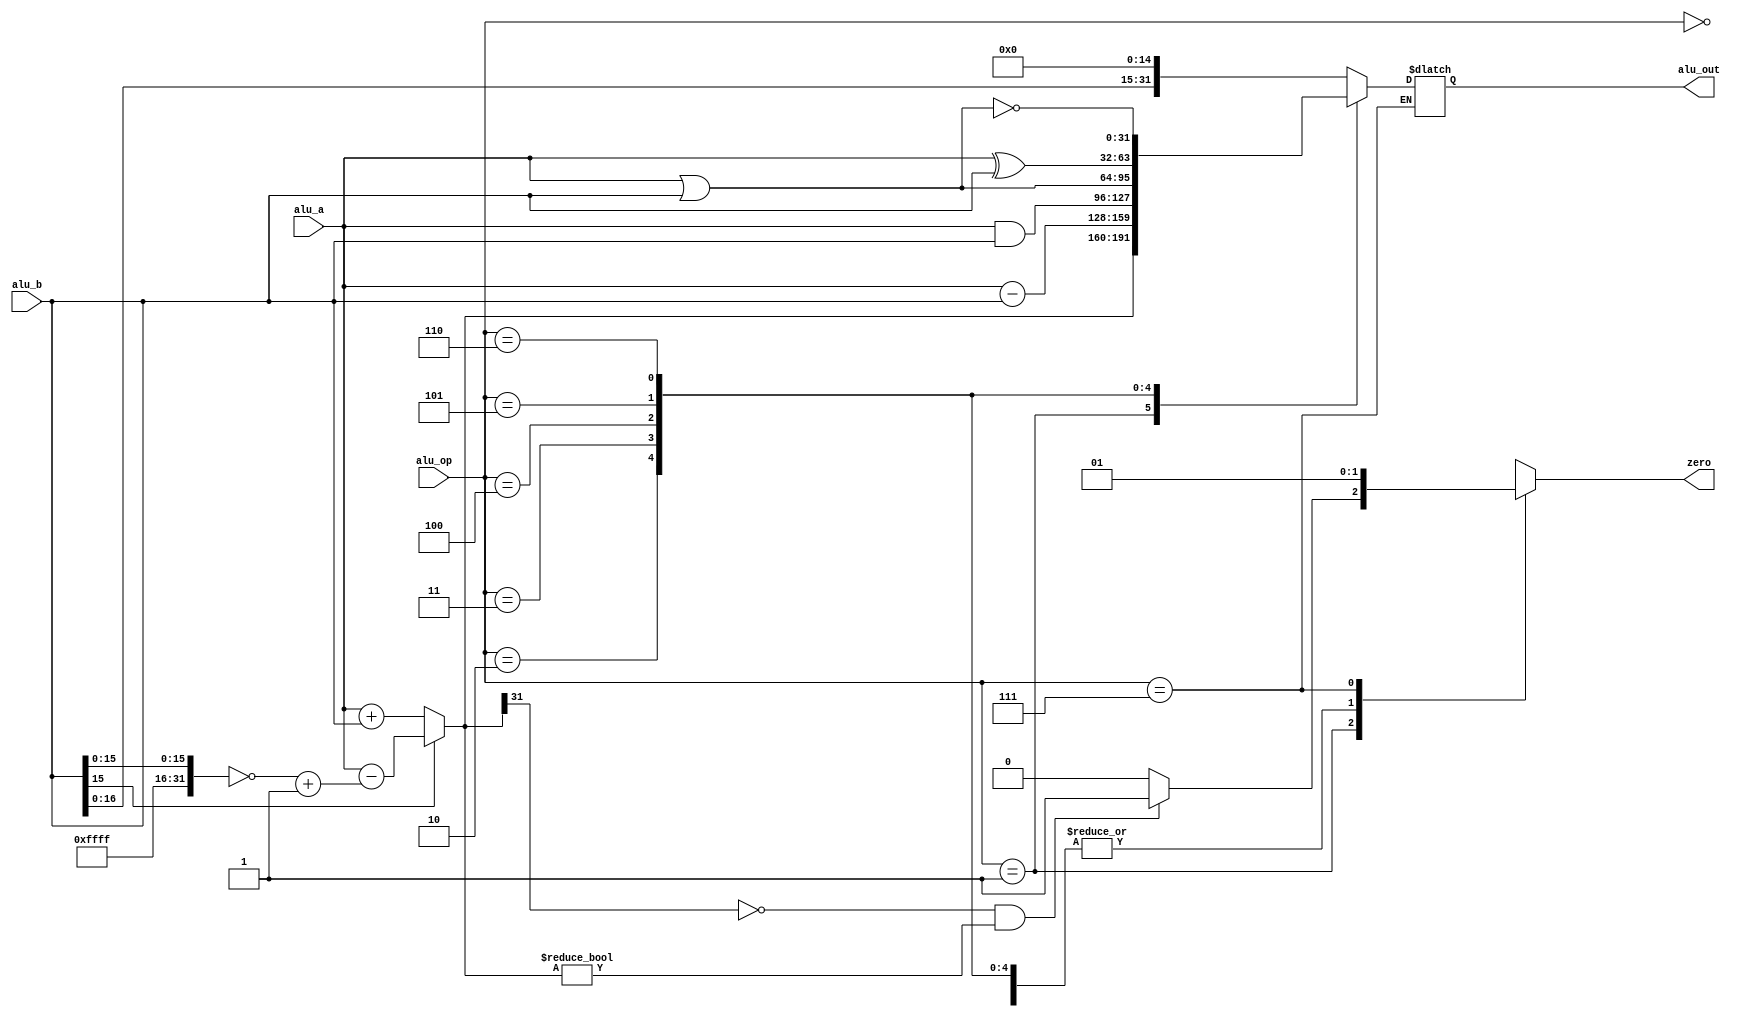
`timescale 1ns / 1ps
//////////////////////////////////////////////////////////////////////////////////
// Company: 
// Engineer: 
// 
// Design Name: 
// Module Name:    alu 
// Project Name: 
// Target Devices: 
// Tool versions: 
// Description: 
//
// Dependencies: 
//
// Revision: 
// Revision 0.01 - File Created
// Additional Comments: 
//
//////////////////////////////////////////////////////////////////////////////////
module alu(
	input signed [31:0] alu_a,
   input signed [31:0] alu_b,
   input [2:0]	alu_op,
	output reg zero,
   output reg [31:0] alu_out
);

parameter A_MOV = 0; 	
parameter A_ADD = 1;
parameter A_SUB = 2;
parameter A_AND = 3;
parameter A_OR  = 4;
parameter A_XOR = 5;
parameter A_NOR = 6;
parameter A_JMP = 7;

always@(*)
	case(alu_op)
		A_MOV:
			begin
				alu_out = alu_b << 15;
				zero = 0;
			end
		A_ADD:
			begin
				if(alu_b[15])
					alu_out = alu_a - (~{16'hffff, alu_b[15:0]} + 1);
				else
					alu_out = alu_a + alu_b;
				if(!alu_out[31] && alu_out != 0)
					zero = 1;
				else
					zero = 0;
			end
		A_SUB:
			begin
				alu_out = alu_a - alu_b;
				zero = 0;
			end
		A_AND:
			begin
				alu_out = alu_a & alu_b;
				zero = 0;
			end
		A_OR:
			begin
				alu_out = alu_a | alu_b;
				zero = 0;
			end
		A_XOR:
			begin
				alu_out = alu_a ^ alu_b;
				zero = 0;
			end
		A_NOR:
			begin
				alu_out = ~(alu_a | alu_b);
				zero = 0;
			end
		A_JMP:
			begin
				zero = 1;
			end
	endcase

endmodule